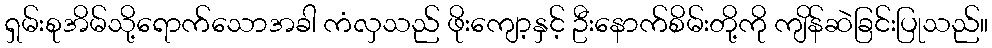
ရှမ်းစုအိမ်သို့ရောက်သောအခါ ကံလှသည် ဖိုးကျော့နှင့် ဦးနောက်စိမ်းတို့ကို ကျိန်ဆဲခြင်းပြုသည်။